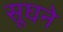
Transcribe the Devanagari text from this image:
सूघने